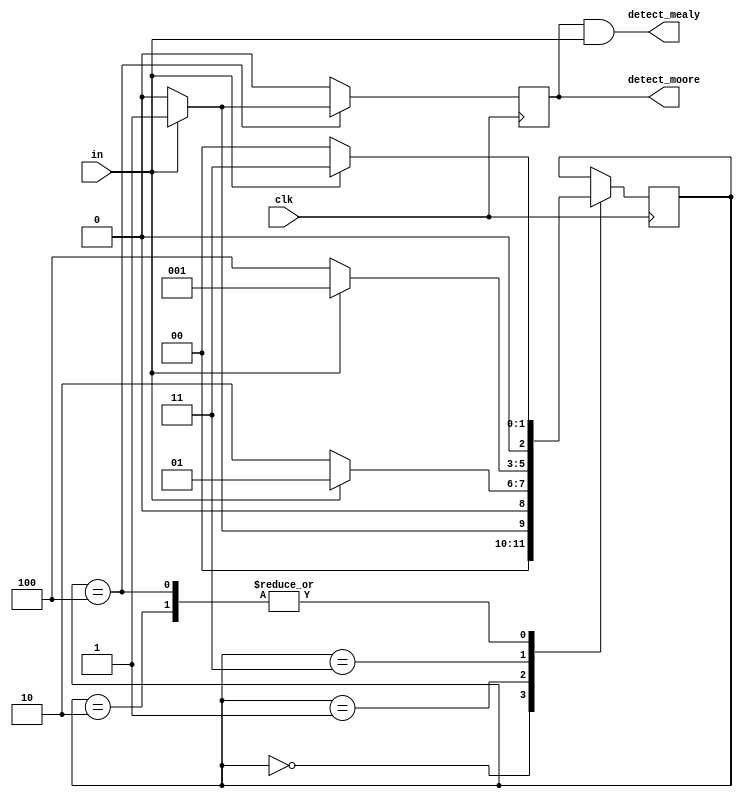
module lab9(clk,in,detect_mealy,detect_moore);
  input clk,in;
  output detect_mealy,detect_moore;
  parameter a=0,b=1,c=2,d=3,e=4;
  reg detect_moore;
  reg [2:0]state;
  assign detect_mealy=detect_moore&in; //Turn mealy machine.
  always@(posedge clk)
    begin
    if(detect_moore==1)
      detect_moore<=0;
    case(state)
      a:
        if(in==0)
          state<=a;
        else
          state<=b;
      b:
        if(in==0)
          state<=c;
        else
          state<=b;
      c:
        if(in==0)
          state<=a;
        else
          state<=d;
      d:
        if(in==0)
          state<=e;
        else
          state<=b;
      e:
        if(in==0)
          state<=a;
        else
          begin
          state<=d;
          detect_moore<=1;
          end
    endcase
    end
endmodule